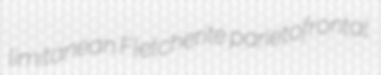
limitanean Fletcherite parietofrontal